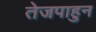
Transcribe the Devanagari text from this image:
तेजपाहुन